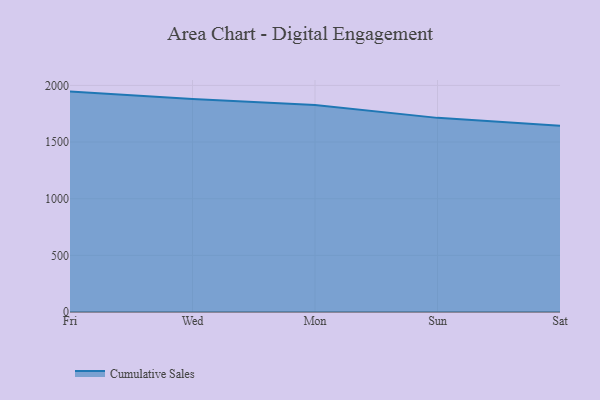
{"axis": {"x": "Day", "y": "Revenue (USD Million)"}, "legend": ["Cumulative Sales"], "data": [{"x": "Fri", "y": 1945.5, "type": "Cumulative Sales"}, {"x": "Wed", "y": 1880.4, "type": "Cumulative Sales"}, {"x": "Mon", "y": 1827.6, "type": "Cumulative Sales"}, {"x": "Sun", "y": 1713.6, "type": "Cumulative Sales"}, {"x": "Sat", "y": 1643.0, "type": "Cumulative Sales"}]}